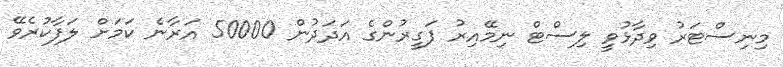
މިނިސްޓަރު ވިދާޅުވީ ލިސްޓް ނިމޭއިރު ފަގީރުންގެ އަދަދުން 50000 އަރާނެ ކަމަށް ލަފާކުރެވޭ